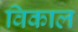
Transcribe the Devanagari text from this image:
विकाल